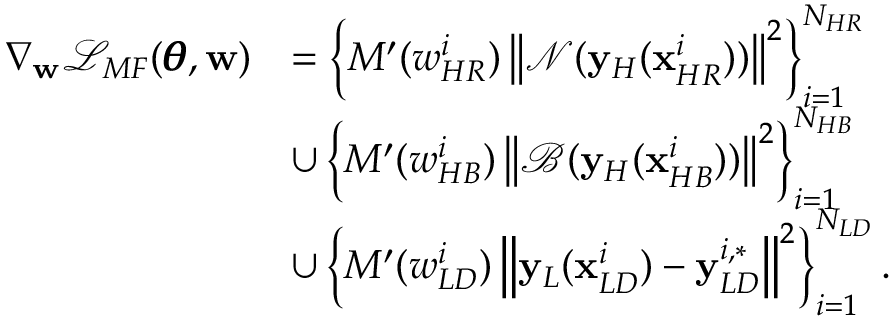
\begin{array} { r l } { \nabla _ { \mathbf { w } } \mathcal { L } _ { M F } ( \pmb { \theta } , \mathbf { w } ) } & { = \left\{ { M ^ { \prime } ( w _ { H R } ^ { i } ) \left\| \mathcal { N } ( \mathbf { y } _ { H } ( \mathbf { x } _ { H R } ^ { i } ) ) \right\| ^ { 2 } } \right\} _ { i = 1 } ^ { N _ { H R } } } \\ & { \cup \left\{ { M ^ { \prime } ( w _ { H B } ^ { i } ) \left\| \mathcal { B } ( \mathbf { y } _ { H } ( \mathbf { x } _ { H B } ^ { i } ) ) \right\| ^ { 2 } } \right\} _ { i = 1 } ^ { N _ { H B } } } \\ & { \cup \left\{ { M ^ { \prime } ( w _ { L D } ^ { i } ) \left\| \mathbf { y } _ { L } ( \mathbf { x } _ { L D } ^ { i } ) - \mathbf { y } _ { L D } ^ { i , * } \right\| ^ { 2 } } \right\} _ { i = 1 } ^ { N _ { L D } } . } \end{array}